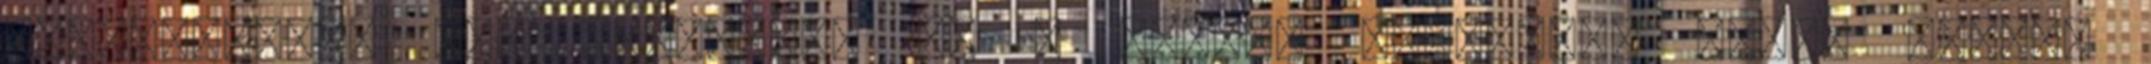
repülőjegyet New Orleansba és a színes kultúrájú város egyedi